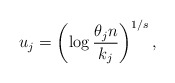
\begin{align*}u_j = \left( \log{ \frac{\theta_j n}{k_j} } \right)^{1/s},\end{align*}